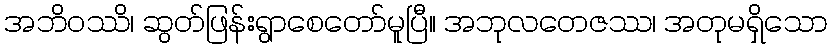
အဘိဝဿိ၊ ဆွတ်ဖြန်းရွာစေတော်မူပြီ။ အဘုလတေဇဿ၊ အတုမရှိသော